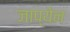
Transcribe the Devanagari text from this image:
जाप्येन